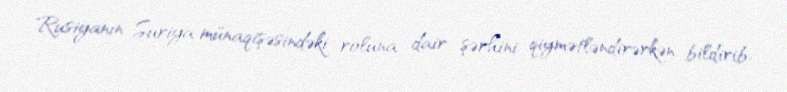
Rusiyanın Suriya münaqişəsindəki roluna dair şərhini qiymətləndirərkən bildirib.